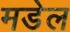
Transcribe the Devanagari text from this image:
मडेल